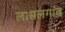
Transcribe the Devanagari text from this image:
लासलगांव